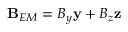
\mathbf { B } _ { E M } = B _ { y } \mathbf { y } + B _ { z } \mathbf { z }